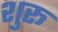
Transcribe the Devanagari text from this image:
शुरू